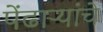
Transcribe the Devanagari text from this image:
पेंढाऱ्यांचे